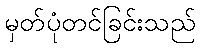
မှတ်ပုံတင်ခြင်းသည်